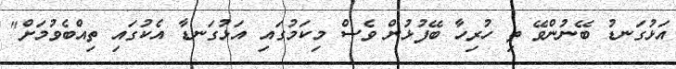
އަޅުގަނޑު ބޭނުންވޭ ތި ހުރިހާ ބޭފުޅުން ވެސް މިކަމުގައި އަޅުގަނޑާ އެކުގައި ތިއްބެވުމަށް"